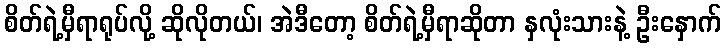
စိတ်ရဲ့မှီရာရုပ်လို့ ဆိုလိုတယ်၊ အဲဒီတော့ စိတ်ရဲ့မှီရာဆိုတာ နှလုံးသားနဲ့ ဦးနှောက်